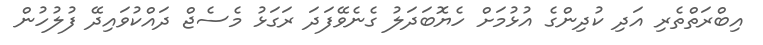
އިބްރަތްތެރި އަދި ކުދިންގެ އުޅުމަށް ހެޔޮބަދަލު ގެނެވޭފަދަ ރަގަޅު މެސެޖް ދައްކުވައިދޭ ފުލުހުން